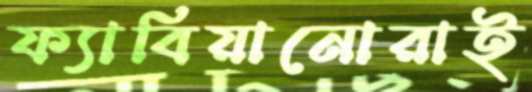
ফ্যাবিয়ানোরাই